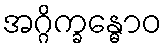
အဂ္ဂိက္ခန္ဓောဝ